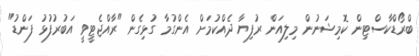
ބްރޯޑްކާސްޓިން ކޮމިޝަނުން މިލިއަން ރުފިޔާ ދެއްކުމަށް އެންގުމާ ގުޅިގެން "ރާއްޖެޓީވީ އަބުރުފުޅު ފަންޑު"